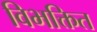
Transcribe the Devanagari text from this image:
विभक्तित